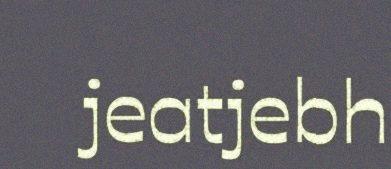
jeatjebh